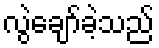
လွဲချော်ခဲ့သည်